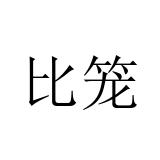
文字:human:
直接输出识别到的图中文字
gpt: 比笼